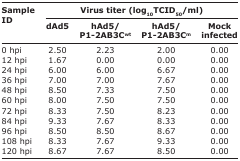
| <ROWSPAN=3> Sample ID | <COLSPAN=4> Virus titer (log10TCID50/ml) |
 | dAd5 | hAd5/P1-2AB3Cwt | hAd5/P1-2AB3Cm | Mock infected |
 | --- | --- | --- | --- | --- |
 | 0 hpi | 2.50 | 2.23 | 2.00 | 0.00 |
 | 12 hpi | 1.67 | 0.00 | 0.00 | 0.00 |
 | 24 hpi | 6.00 | 6.00 | 6.67 | 0.00 |
 | 36 hpi | 7.00 | 7.00 | 7.67 | 0.00 |
 | 48 hpi | 8.50 | 7.33 | 7.50 | 0.00 |
 | 60 hpi | 8.00 | 7.50 | 7.50 | 0.00 |
 | 72 hpi | 8.33 | 7.50 | 8.23 | 0.00 |
 | 84 hpi | 9.33 | 7.67 | 8.33 | 0.00 |
 | 96 hpi | 8.50 | 8.50 | 8.67 | 0.00 |
 | 108 hpi | 8.33 | 7.67 | 9.33 | 0.00 |
 | 120 hpi | 8.67 | 7.67 | 8.50 | 0.00 |